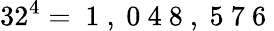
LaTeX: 32^{4}=\mathrm{~1~,~0~4~8~,~5~7~6~}